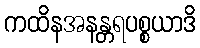
ကထိနအနန္တရပစ္စယာဒိ